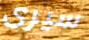
سيرى